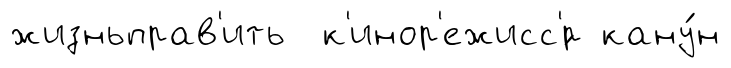
жизньправ'ить к'инор'ежисс'́р кану́н